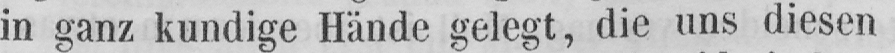
in ganz kundige Hände gelegt, die uns diesen